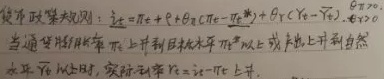
复垦政策规则：\(i_e = i_{Te} + \theta_{r1}(i_{Te}-i_{Te}^*) + \theta_{r2}(Y_e - Y_e^*)\)，其中\(\theta_{r1,2}>0\)。

当湿地利用率\(i_{Te}\)上升到目标水平\(i_{Te}^*\)以上或产出达到自然水平\(Y_e^*\)时，实际利率\(Y_e = i_e - i_{Te}\)上升。